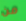
من